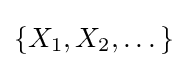
\{X_{1},X_{2},\dots \}